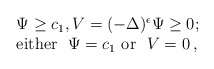
\begin{align*}\begin{array}{l}\Psi\ge c_1, V=(-\Delta)^{\epsilon} \Psi\ge 0; \\\mbox{either } \ \Psi=c_1 \ \mbox{or } \ V=0\,,\end{array}\end{align*}